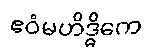
ဧဝံမဟိဒ္ဓိကေ